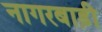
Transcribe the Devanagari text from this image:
नागरबाड़ी